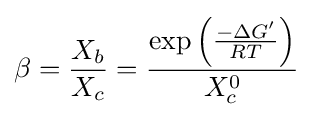
\beta ={\frac {X_{b}}{X_{c}}}={\frac {\exp \left({\frac {-\Delta G'}{RT}}\right)}{X_{c}^{0}}}